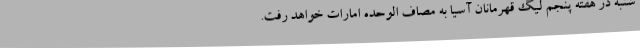
شنبه در هفته پنجم لیگ قهرمانان آسیا به مصاف الوحده امارات خواهد رفت.